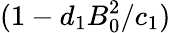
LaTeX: (1-d_{1}B_{0}^{2}/c_{1})